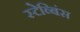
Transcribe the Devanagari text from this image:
स्टेब्बिंस